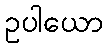
ဥပါယော